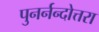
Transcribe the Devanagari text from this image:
पुनर्नन्दोत्तरा